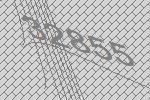
32855